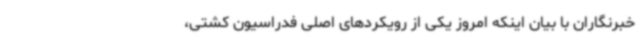
خبرنگاران با بیان اینکه امروز یکی از رویکردهای اصلی فدراسیون کشتی،